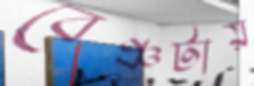
বেঞ্চটায়